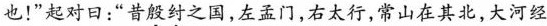
也！”起对曰：“昔殷纣之国，左孟门，右太行，常山在其北，大河经